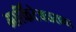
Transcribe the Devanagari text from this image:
आर्किटेक्चरच्या